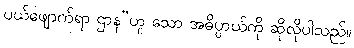
ပယ်ဖျောက်ရာ ဌာန”ဟူ သော အဓိပ္ပာယ်ကို ဆိုလိုပါသည်။